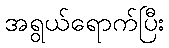
အရွယ်ရောက်ပြီး